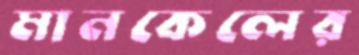
মানকেলের